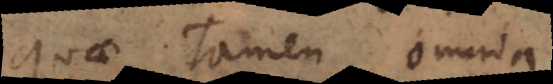
quae tamen omnia